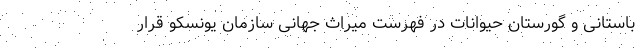
باستانی و گورستان حیوانات در فهرست میراث جهانی سازمان یونسکو قرار